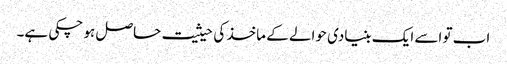
اب تو اسے ایک بنیادی حوالے کے ماخذ کی حیثیت حاصل ہو چکی ہے۔